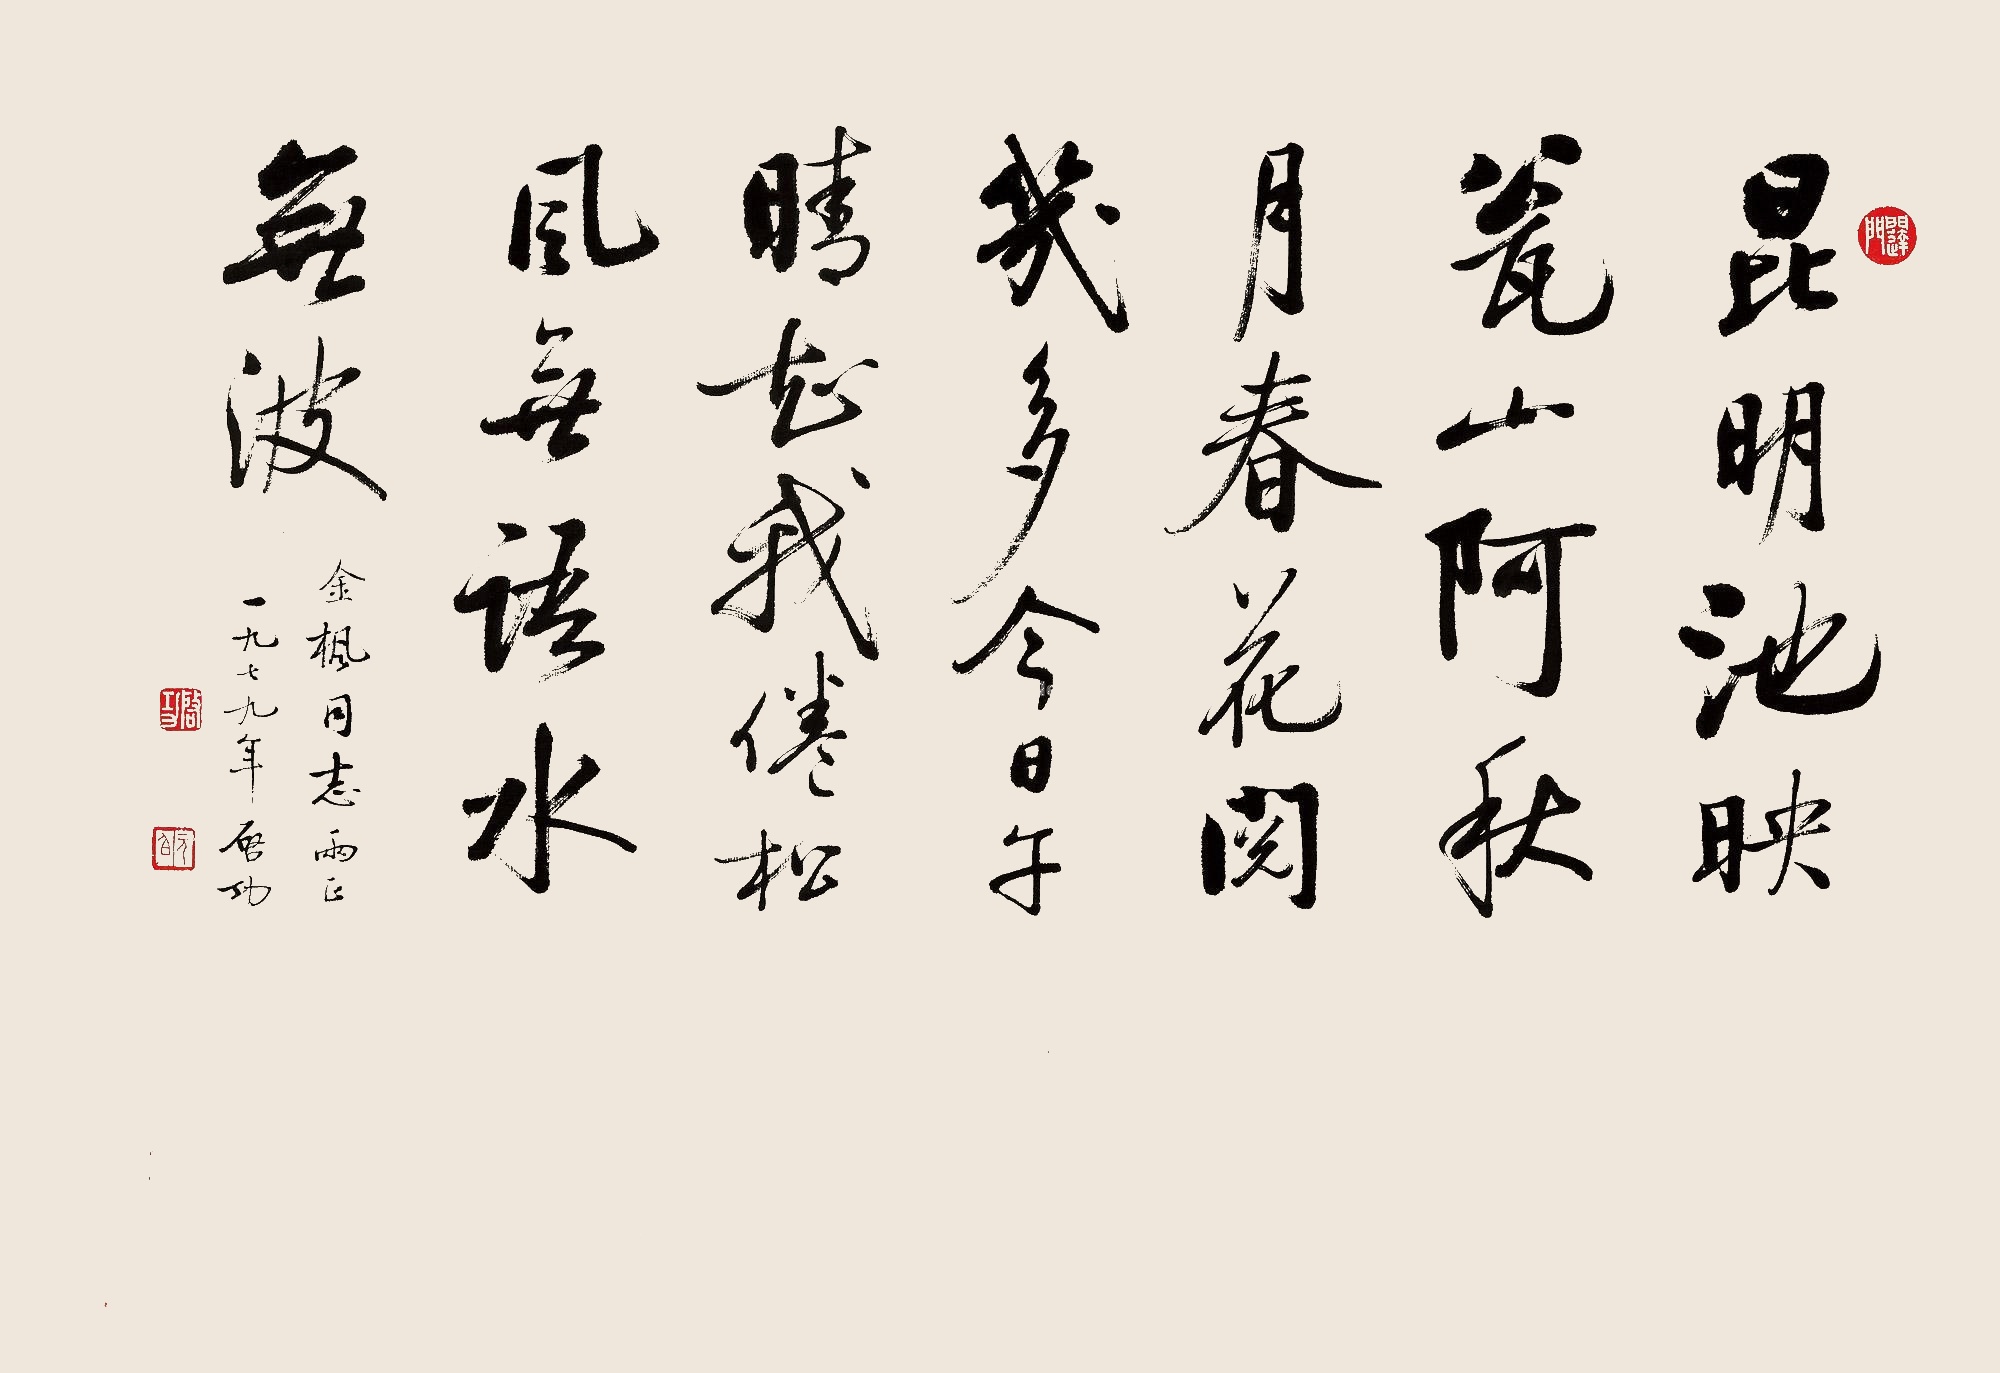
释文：昆明池映瓮山阿，秋月春花阅几多。今日午晴知我倦，松风无语水无波。金枫同志两正，一九七九年，启功。